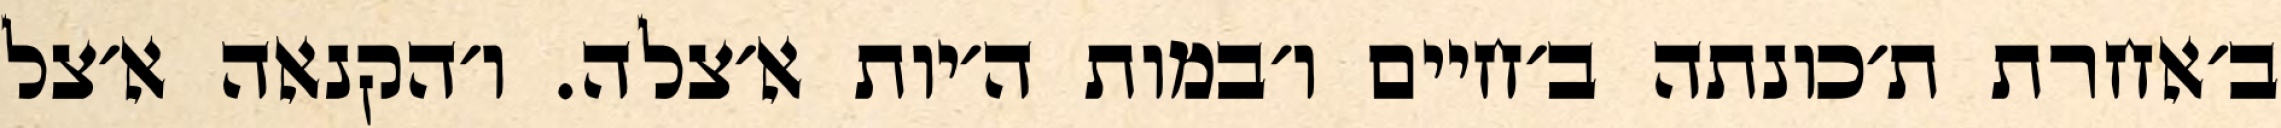
ב׳אחרת ת׳כונתה ב׳חיים ו׳במות ה׳יות א׳צלה. ו׳הקנאה א׳צל